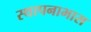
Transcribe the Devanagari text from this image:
स्थापनाभास